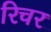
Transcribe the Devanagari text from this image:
रिचर